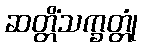
ဆတ္တိံသက္ခတ္တုံ